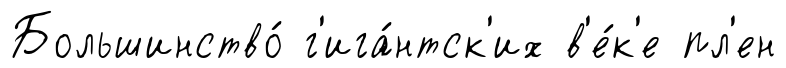
Большинство́ г'ига́нтск'их в'е́к'е пл'ен